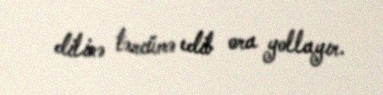
dilinə tərcümə edib ora yollayır.